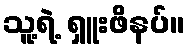
သူ့ရဲ့ ရှူးဖိနပ်။